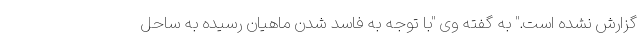
گزارش نشده است." به گفته وی "با توجه به فاسد شدن ماهیان رسیده به ساحل